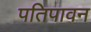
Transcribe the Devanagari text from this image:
पतिपावन